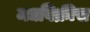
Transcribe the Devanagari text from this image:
मद्यविक्रीस